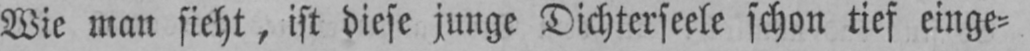
Wie matt sieht, ist diese junge Dichterseele schon tief einge⸗